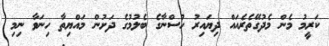
ކަރީމު މެން މެދުގޭތެރެއައް ދިޔައިރު ހުސްނާގެ ބެލުމުގެ ދަށުން މައްޔިތާ ހިނަވާ ނިމި